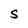
Character: S